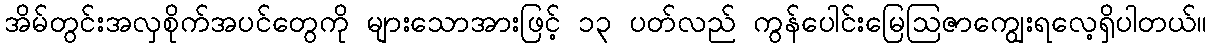
အိမ်တွင်းအလှစိုက်အပင်တွေကို များသောအားဖြင့် ၁၃ ပတ်လည် ကွန်ပေါင်းမြေဩဇာကျွေးရလေ့ရှိပါတယ်။